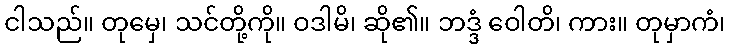
ငါသည်။ တုမှေ၊ သင်တို့ကို။ ဝဒါမိ၊ ဆို၏။ ဘဒ္ဒံ ဝေါတိ၊ ကား။ တုမှာကံ၊